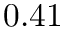
0 . 4 1